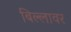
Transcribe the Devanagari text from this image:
बिल्लावर